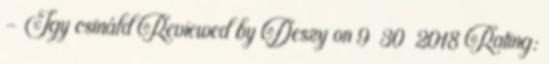
- Így csináld Reviewed by Deszy on 9 30 2018 Rating: